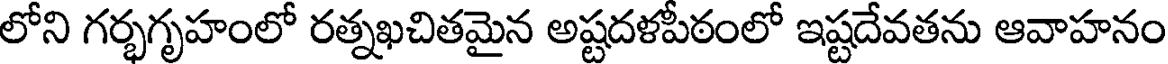
లోని గర్భగృహంలో రత్నఖచితమైన అష్టదళపీఠంలో ఇష్టదేవతను ఆవాహనం